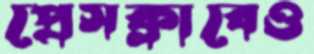
প্রেসক্লাবেও